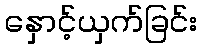
နှောင့်ယှက်ခြင်း